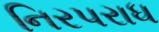
નિરપરાધ